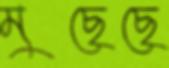
মুছেছে